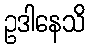
ဥဒါနေသိ